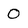
Character: 0